Sketch of the medical history of the native army of Bombay, for the year
Year: 1875
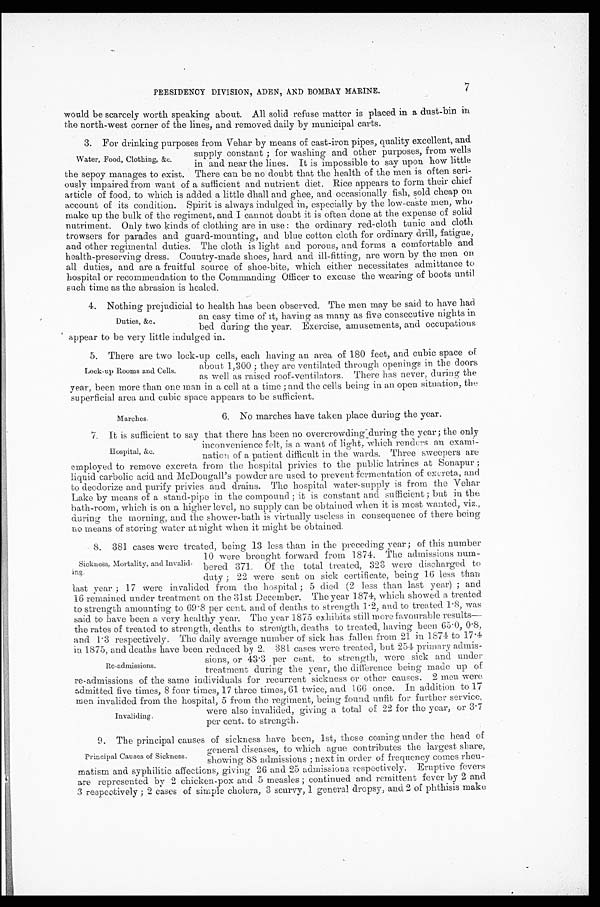
PRESIDENCY DIVISION, ADEN, AND BOMBAY MARINE.
7
would be scarcely worth speaking about. All solid refuse matter is placed in a dust-bin in
the north-west corner of the lines, and removed daily by municipal carts.
3 . F o r d r i n k i n g p u r p o s e s f r o m V e h a r b y m e a n s o f c a s t - i r o n p i p e s , q u a l i t y e x c e l l e n t , a n d
supply constant; for washing and other purposes, from wells
in and near the lines. It is impossible to say upon how little
the sepoy manages to exist. There can be no doubt that the health of the men is often seri
-ously impaired from want of a sufficient and nutrient diet. Rice appears to form their chief
article of food to which is added a little dhall and ghee, and occasionally fish, sold cheap on
account of its condition. Spirit is always indulged in, especially by the low-caste men, who
make up the bulk of the regiment, and I cannot doubt it is often done at the expense of solid
nutriment. Only two kinds of clothing are in use: the ordinary red-cloth tunic and cloth
trowsers for parades and guard-mounting, and blue cotton cloth for ordinary drill, fatigue,
and other regimental duties. The cloth is light and porous, and forms a comfortable and
health-preserving dress. Country-made shoes, hard and ill-fitting, are worn by the men on
all duties, and are a fruitful source of shoe-bite, which either necessitates admittance to
hospital or recommendation to the Commanding Officer to excuse the wearing of boots until
such time as the abrasion is healed.
4 . N o t h i n g p r e j u d i c i a l t o h e a l t h h a s b e e n o b s e r v e d . T h e m e n m a y b e s a i d t o h a v e h a d
an easy time of it, having as many as five consecutive nights in
bed during the year. Exercise, amusements, and occupations
a p p e a r t o b e v e r y l i t t l e i n d u l g e d i n .
5 . T h e r e a r e t w o l o c k - u p c e l l s , e a c h h a v i n g a n a r e a o f 1 8 0 f e e t , a n d c u b i c s p a c e o f
about 1,300; they are ventilated through openings in the doors
as well as raised roof-ventilators. There has never, during the
year, been more than one man in a cell at a time; and the cells being in an open situation, the
superficial area and cubic space appears to be sufficient.
Water, Food, Clothing, &c.
Duties, &c.
Lock-up Rooms and Cells.
Marches.
6. No marches have taken place during the year.
7 . I t i s s u f f i c i e n t t o s a y t h a t t h e r e h a s b e e n n o o v e r c r o w d i n g d u r i n g t h e y e a r ; t h e o n l y
inconvenience felt, is a want of light, which renders an exami
-
nation of a patient difficult in the wards. Three sweepers are
employed to remove excreta from the hospital privies to the public latrines at Sonapur;
liquid carbolic acid and McDougall's powder are used to prevent fermentation of excreta, and
to deodorize and purify privies and drains. The hospital water-supply is from the Vehar
Lake by means of a stand-pipe in the compound; it is constant and sufficient; but in the
bath-room, which is on a higher level, no supply can be obtained when it is most wanted, viz.,
during the morning, and the shower-bath is virtually useless in consequence of there being
no means of storing water at night when it might be obtained.
8. 381 cases were treated, being 13 less than in the preceding year; of this number
10 were brought forward from 1874. The admissions num
-bered 371. Of the total treated, 323 were discharged to
duty; 22 were sent on sick certificate, being 16 less than
last year; 17 were invalided from the hospital; 5 died (2 less than last year); and
16 remained under treatment on the 31st December. The year 1874, which showed a treated
to strength amounting to 69.8 per cent. and of deaths to strength 1.2, and to treated 1.8, was
said to have been a very healthy year. The year 1875 exhibits still more favourable results
— t h e r a t e s o f t r e a t e d t o s t r e n g t h , d e a t h s t o s t r e n g t h , d e a t h s t o t r e a t e d , h a v i n g b e e n 6 5 . 0 , 0 . 8 ,
and 1.3 respectively. The daily average number of sick has fallen from 21 in 1874 to 17.4
in 1875, and deaths have been reduced by 2. 381 cases were treated, but 254 primary admis
-
sions, or 43.3 per cent. to strength, were sick and under
treatment during the year, the difference being made up of
re-admissions of the same individuals for recurrent sickness or other causes. 2 men were
admitted five times, 8 four times, 17 three times, 61 twice, and 166 once. In addition to 17
men invalided from the hospital, 5 from the regiment, being found unfit for further service,
were also invalided, giving a total of 22 for the year, or 3.7
per cent. to strength.
Hospital, &c.
Sickness, Mortality, and invalid
-ing.
Re-admissions.
Invaliding.
9. The principal causes of sickness have been, 1st, those coming under the head of
general diseases, to which ague contributes the largest share,
showing 88 admissions; next in order of frequency comes rheu -
matism and syphilitic affections, giving 26 and 25 admissions respectively. Eruptive fevers
are represented by 2 chicken-pox and 5 measles; continued and remittent fever by 2 and
3 respectively; 2 cases of simple cholera, 3 scurvy, 1 general dropsy, and 2 of phthisis make
Principal Causes of Sickness.